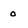
Character: 0